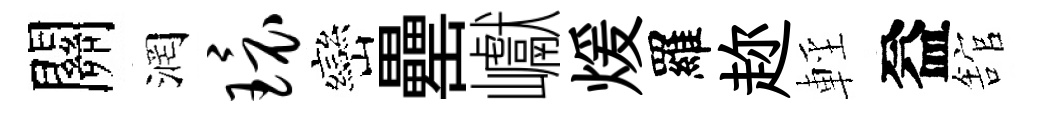
關润环巒罍巘煖羅趂輕益舘